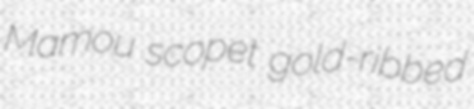
Mamou scopet gold-ribbed